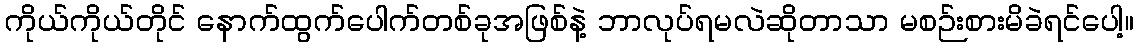
ကိုယ်ကိုယ်တိုင် နောက်ထွက်ပေါက်တစ်ခုအဖြစ်နဲ့ ဘာလုပ်ရမလဲဆိုတာသာ မစဉ်းစားမိခဲရင်ပေါ့။